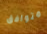
متوافق